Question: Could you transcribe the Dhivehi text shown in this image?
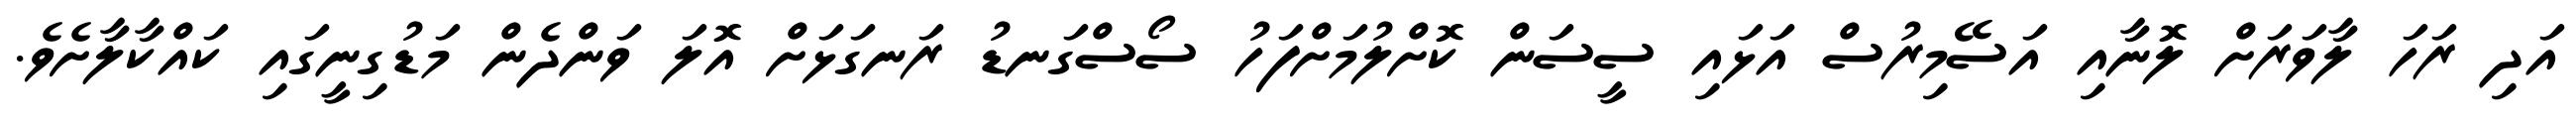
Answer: އަދި ރަހަ ލާވަރަށް ލޮނާއި އަސޭމިރުސް އަޅައި ސީސަން ކޮށްލުމަށްފަހު ސޯސްގަނޑު ރަނގަޅަށް އޮލަ ވަންދެން މަޑުގިނީގައި ކައްކާލާށެވެ.